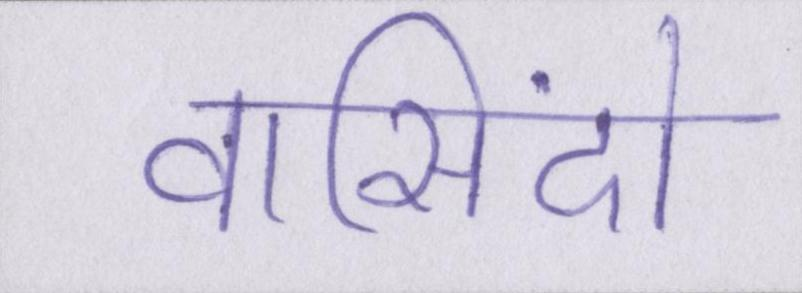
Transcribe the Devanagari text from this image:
वासिंदो